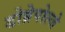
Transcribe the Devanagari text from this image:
डोब्रेपोल्जे